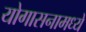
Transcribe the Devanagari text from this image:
योगासनामध्ये